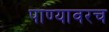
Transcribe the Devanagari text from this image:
पाण्यावरच